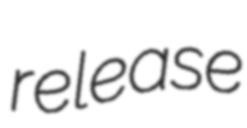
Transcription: release